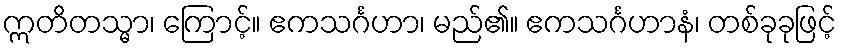
ဣတိတသ္မာ၊ ကြောင့်။ ဧကသင်္ဂဟာ၊ မည်၏။ ဧကသင်္ဂဟာနံ၊ တစ်ခုခုဖြင့်